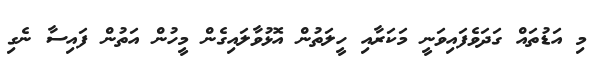
މި އަޑުތައް ގަދަވެފައިވަނީ މަކަރާއި ހީލަތުން އޮޅުވާލައިގެން މީހުން އަތުން ފައިސާ ނެގި